Vaccination report Assam 1874-1896 - 1874-1896
Year: 1874
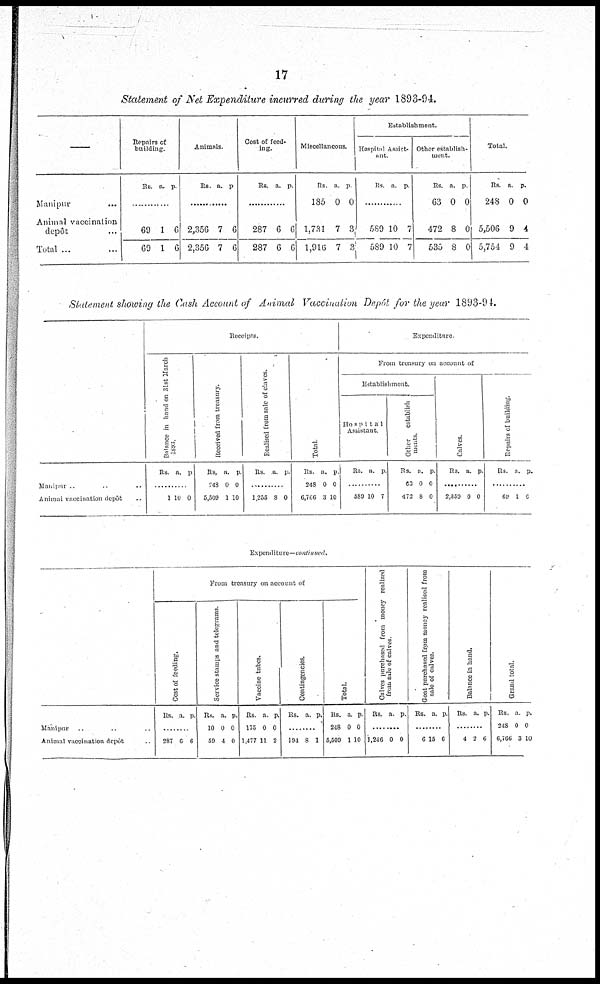
17
Statement of Net Expenditure incurred during the year 1893-94.
—
Manipur ...
Animal vaccination
depôt ...
Total ... ...
Repairs of
building.
Rs. a. p.
............
69
69
1
1
6
6
Animals.
Rs. a. p.
............
2,356
2,356
7
7
6
6
Cost of feed-
ing.
Rs. a. p.
............
287
287
6
6
6
6
Miscellancous.
Rs.
185
1,731
1,916
a.
0
7
7
p.
0
3
3
Establishment.
Hospital Assist¬
ant.
Rs. a. p.
............
589
589
10
10
7
7
Other establish-
-ent.
Rs.
63
472
535
a.
0
8
8
p.
0
0
0
Total.
Rs.
248
5,506
5,754
a.
0
9
9
p.
0
4
4
Statement showing the Cash Account of Animal Vaccination Depôt for the year 1893-94.
Manipur ...
Animal vaccination depôt ...
Receipts.
Balance in hand on 31st March
Rs. a. p.
.........
1 10 0
Received from treasury
Rs.
248
5,509
a.
0
1
p.
0
10
Realised from sale of claves.
Rs.
a p.
.........
1,235 8 0
Total
Rs.
248
6,766
a.
0
3
p.
0
10
Expenditure
From treasury on account of
Establishment.
Hospital
Assistant
Rs. a. p.
.........
589 10 7
Other establish¬
ments.
Rs.
63
472
a.
0
8
p.
0
0
Calves.
Rs. a. p.
.........
2,350 0 0
Repairs of building
Rs. a. p.
.........
69 1 6
Expenditure—continued.
Manipur ... ... ...
Animal vaccination depôt ...
From treasury on account of
Cost of feeding.
Rs. a. p.
.........
287 6 6
Service stamps and telegrams
Rs.
10
59
a.
0
4
p.
0
0
Vaccine tubes.
Rs.
175
1,477
a.
0
11
p.
0
2
Contingencies.
Rs. a p.
.........
191 8 1
Total.
Rs.
248
5,509
a.
0
1
p.
0
10
Calves purchased from money realized
from sale of calves
Rs. a. p.
.........
1,246 0 0
Goat purchased from money realised from
sale of calves
Rs. a p.
.........
0 15 6
Balance in hand.
Rs. a. p.
.........
4 2 6
Grand total
Rs.
248
6,766
a.
0
3
p.
0
10